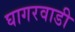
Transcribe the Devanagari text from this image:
घागरवाडी